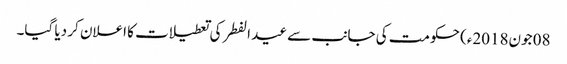
08 جون2018ء) حکومت کی جانب سے عید الفطر کی تعطیلات کا اعلان کر دیا گیا۔